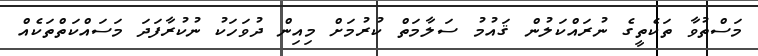
މަސްތުވާ ތަކެތީގެ ނުރައްކަލުން ޤައުމު ސަލާމަތް ކުރުމަށް މިއިން ދުވަހަކު ނުކުރާފަދަ މަސައްކަތްތަކެއް